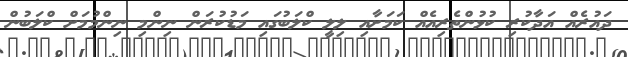
ދައުރެއް އަދާކުރި ކުޅުންތެރިއެއް ކަމަށާއި ލިލީ ކްލަބުގައި މަޑުކުރަން ނިންމި ނިންމުމަށް ކްލަބުން